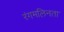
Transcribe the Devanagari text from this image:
रंगमलिनता